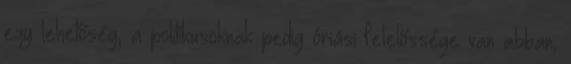
egy lehetőség, a politikusoknak pedig óriási felelőssége van abban,